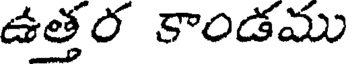
ఉత్తర కాండము